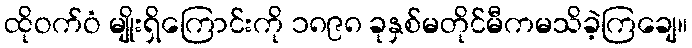
ထိုဝက်ဝံ မျိုးရှိကြောင်းကို ၁၈၉၈ ခုနှစ်မတိုင်မီကမသိခဲ့ကြချေ။